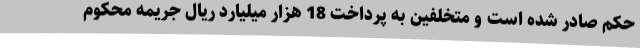
حکم صادر شده است و متخلفین به پرداخت 18 هزار میلیارد ریال جریمه محکوم